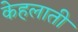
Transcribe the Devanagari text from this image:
केहलाती